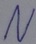
Text: N